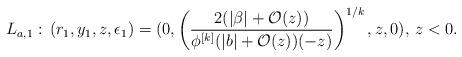
LaTeX: \begin{align*}L_{a,1}:\,(r_1,y_1,z,\epsilon_1) = (0,\left( \frac{2(\vert \beta \vert+\mathcal O(z))}{\phi^{[k]}(\vert b\vert + \mathcal O(z))(-z) } \right)^{1/k},z,0),\,z<0.\end{align*}